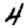
Digit: 4